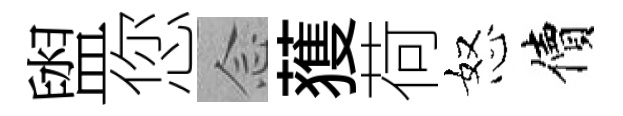
盥您𫝹𫉬荷怒價